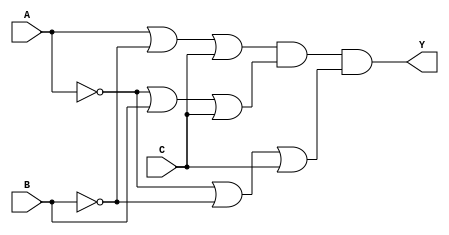
module pos_circuit (
    input wire A,
    input wire B,
    input wire C,
    output wire Y
);

// Intermediate signals for the sum terms
wire sum1;
wire sum2;
wire sum3;

// Define the sum terms (maxterms)
assign sum1 = A | ~B | C;      // (A + B' + C)
assign sum2 = ~A | B | C;      // (A' + B + C)
assign sum3 = ~A | ~B | C;     // (A' + B' + C)

// Final output using AND gate
assign Y = sum1 & sum2 & sum3; // (A + B' + C)(A' + B + C)(A' + B' + C)

endmodule